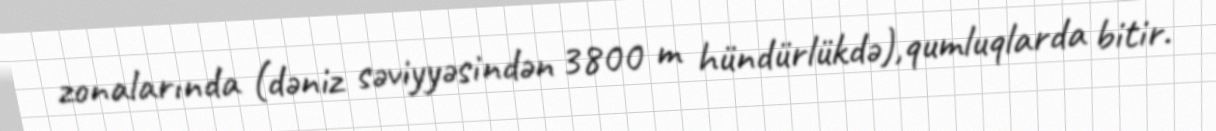
zonalarında (dəniz səviyyəsindən 3800 m hündürlükdə),qumluqlarda bitir.